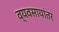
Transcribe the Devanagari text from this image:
व्यवसायांतर